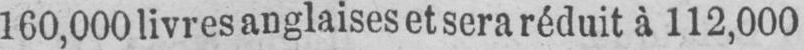
160,000 livres anglaises et sera réduit à 112,000